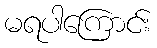
မရပါကြောင်း